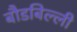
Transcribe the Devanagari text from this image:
बौडबिल्ली